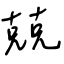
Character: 兢